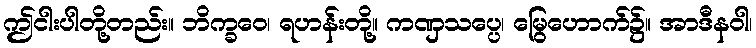
ဤငါးပါတို့တည်း။ ဘိက္ခဝေ၊ ရဟန်းတို့။ ကဏှသပ္ပေ၊ မြွေဟောက်၌။ အာဒီနဝါ၊